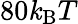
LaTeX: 80\mathit{k}_{\mathrm{{B}}}T